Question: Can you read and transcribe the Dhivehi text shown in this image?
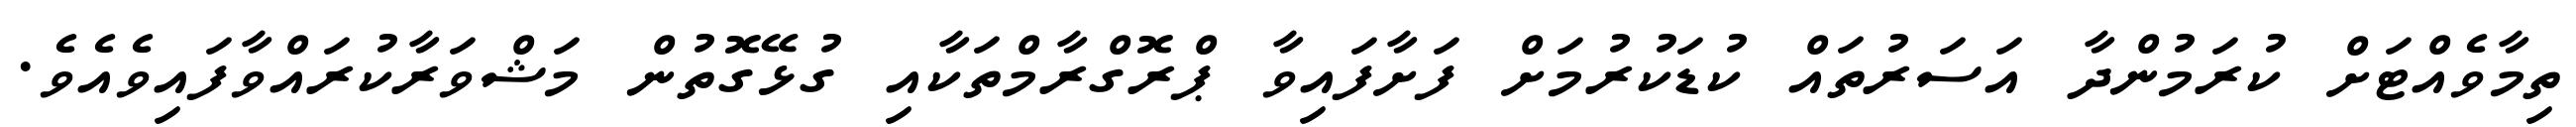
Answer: ތިމާވެއްޓަށް ކުރަމުންދާ އަސަރުތައް ކުޑަކުރުމަށް ފަށާފައިވާ ޕްރޮގްރާމްތަކާއި ގުޅޭގޮތުން މަޝްވަރާކުރައްވާފައިވެއެވެ.